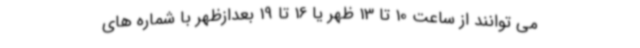
می توانند از ساعت 10 تا 13 ظهر یا 16 تا 19 بعدازظهر با شماره های